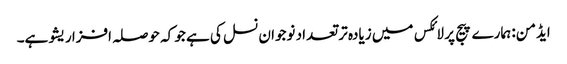
ایڈمن: ہمارے پیج پر لائکس میں زیادہ تر تعداد نوجوان نسل کی ہے جو کہ حوصلہ افزا ریشو ہے۔